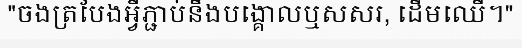
"ចងត្របែងអ្វីភ្ជាប់នឹងបង្គោលឬសសរ, ដើមឈើ។"